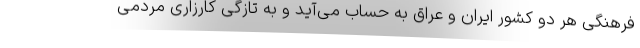
فرهنگی هر دو کشور ایران و عراق به حساب می‌آید و به تازگی کارزاری مردمی